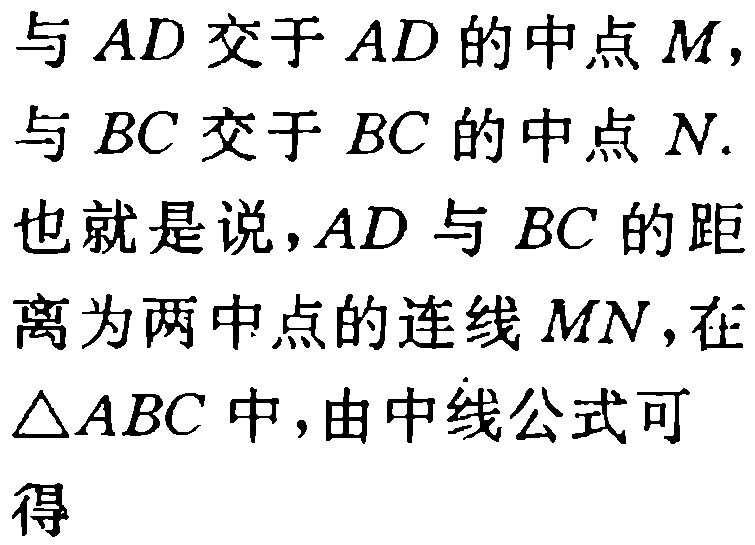
与 \(AD\) 交于 \(AD\) 的中点 \(M\)，与 \(BC\) 交于 \(BC\) 的中点 \(N\). 也就是说，\(AD\) 与 \(BC\) 的距离为两中点的连线 \(MN\)，在 \(\triangle ABC\) 中，由中线公式可得